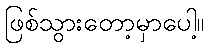
ဖြစ်သွားတော့မှာပေါ့။